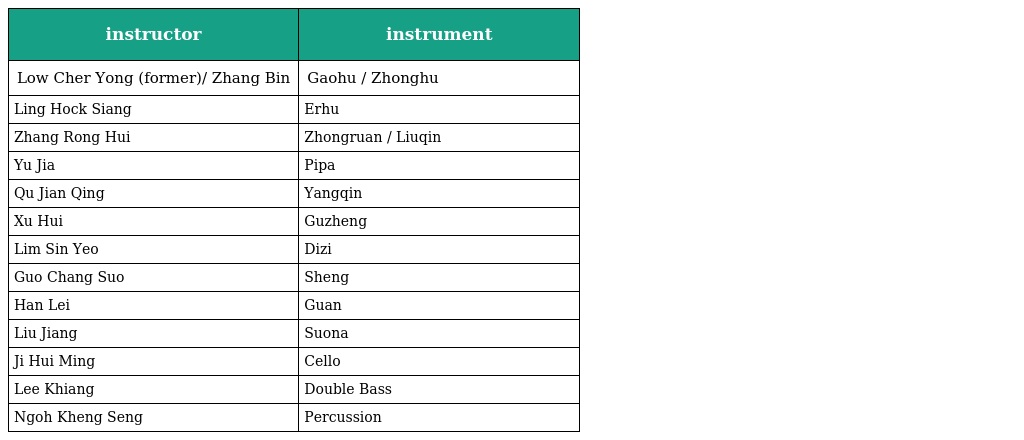
| instructor | instrument |
 | --- | --- |
 | Low Cher Yong (former)/ Zhang Bin | Gaohu / Zhonghu |
 | Ling Hock Siang | Erhu |
 | Zhang Rong Hui | Zhongruan / Liuqin |
 | Yu Jia | Pipa |
 | Qu Jian Qing | Yangqin |
 | Xu Hui | Guzheng |
 | Lim Sin Yeo | Dizi |
 | Guo Chang Suo | Sheng |
 | Han Lei | Guan |
 | Liu Jiang | Suona |
 | Ji Hui Ming | Cello |
 | Lee Khiang | Double Bass |
 | Ngoh Kheng Seng | Percussion |